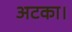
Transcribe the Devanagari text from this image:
अटका।